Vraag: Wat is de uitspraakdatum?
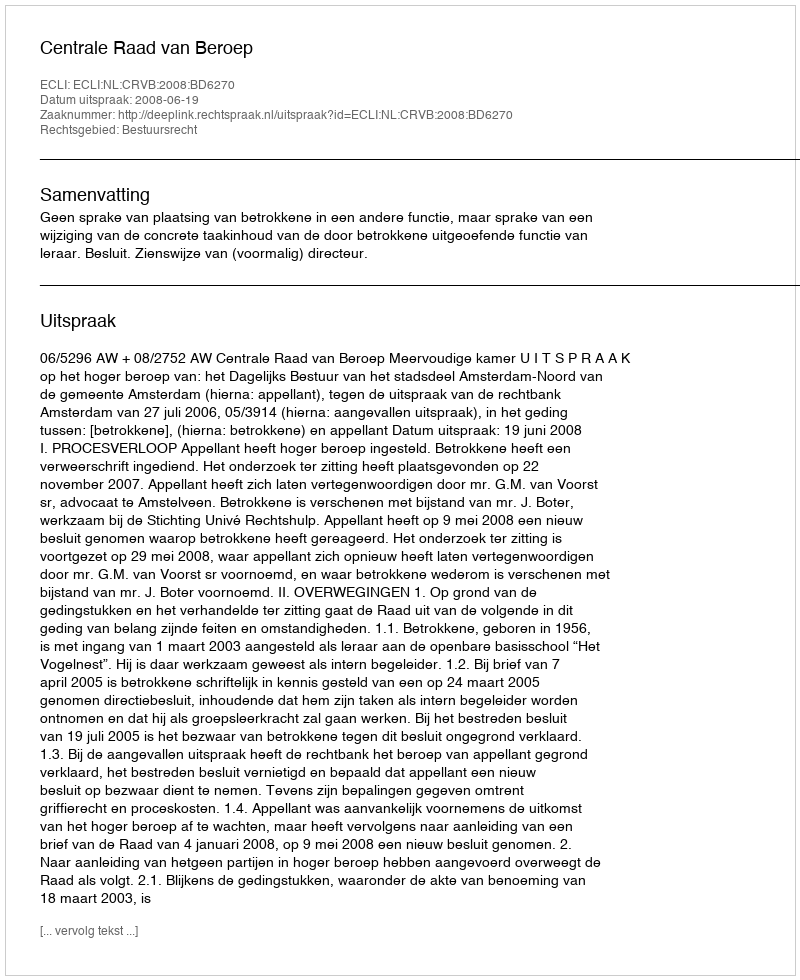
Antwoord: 2008-06-19